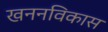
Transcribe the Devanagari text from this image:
खननविकास